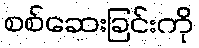
စစ်ဆေးခြင်းကို